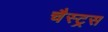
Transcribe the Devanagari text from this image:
चैस्ट्रस